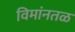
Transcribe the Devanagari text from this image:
विमांनतळ